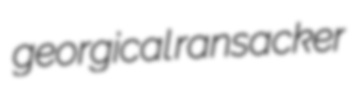
georgical ransacker